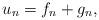
LaTeX: \begin{align*}u_n = f_n + g_n,\end{align*}